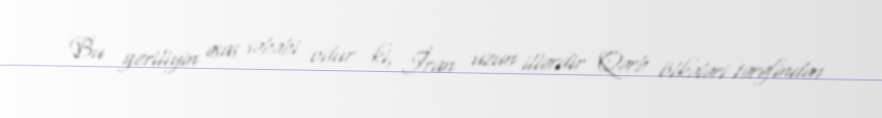
Bu geriliyin əsas səbəbi odur ki, İran uzun illərdir Qərb ölkələri tərəfindən